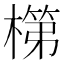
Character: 𬄏